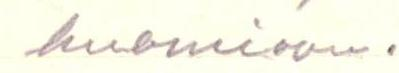
huomioon.